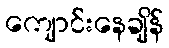
ကျောင်းနေချိန်